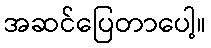
အဆင်ပြေတာပေါ့။